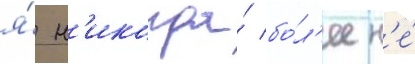
я́ н'икогда́ бо́л'ее н'е́